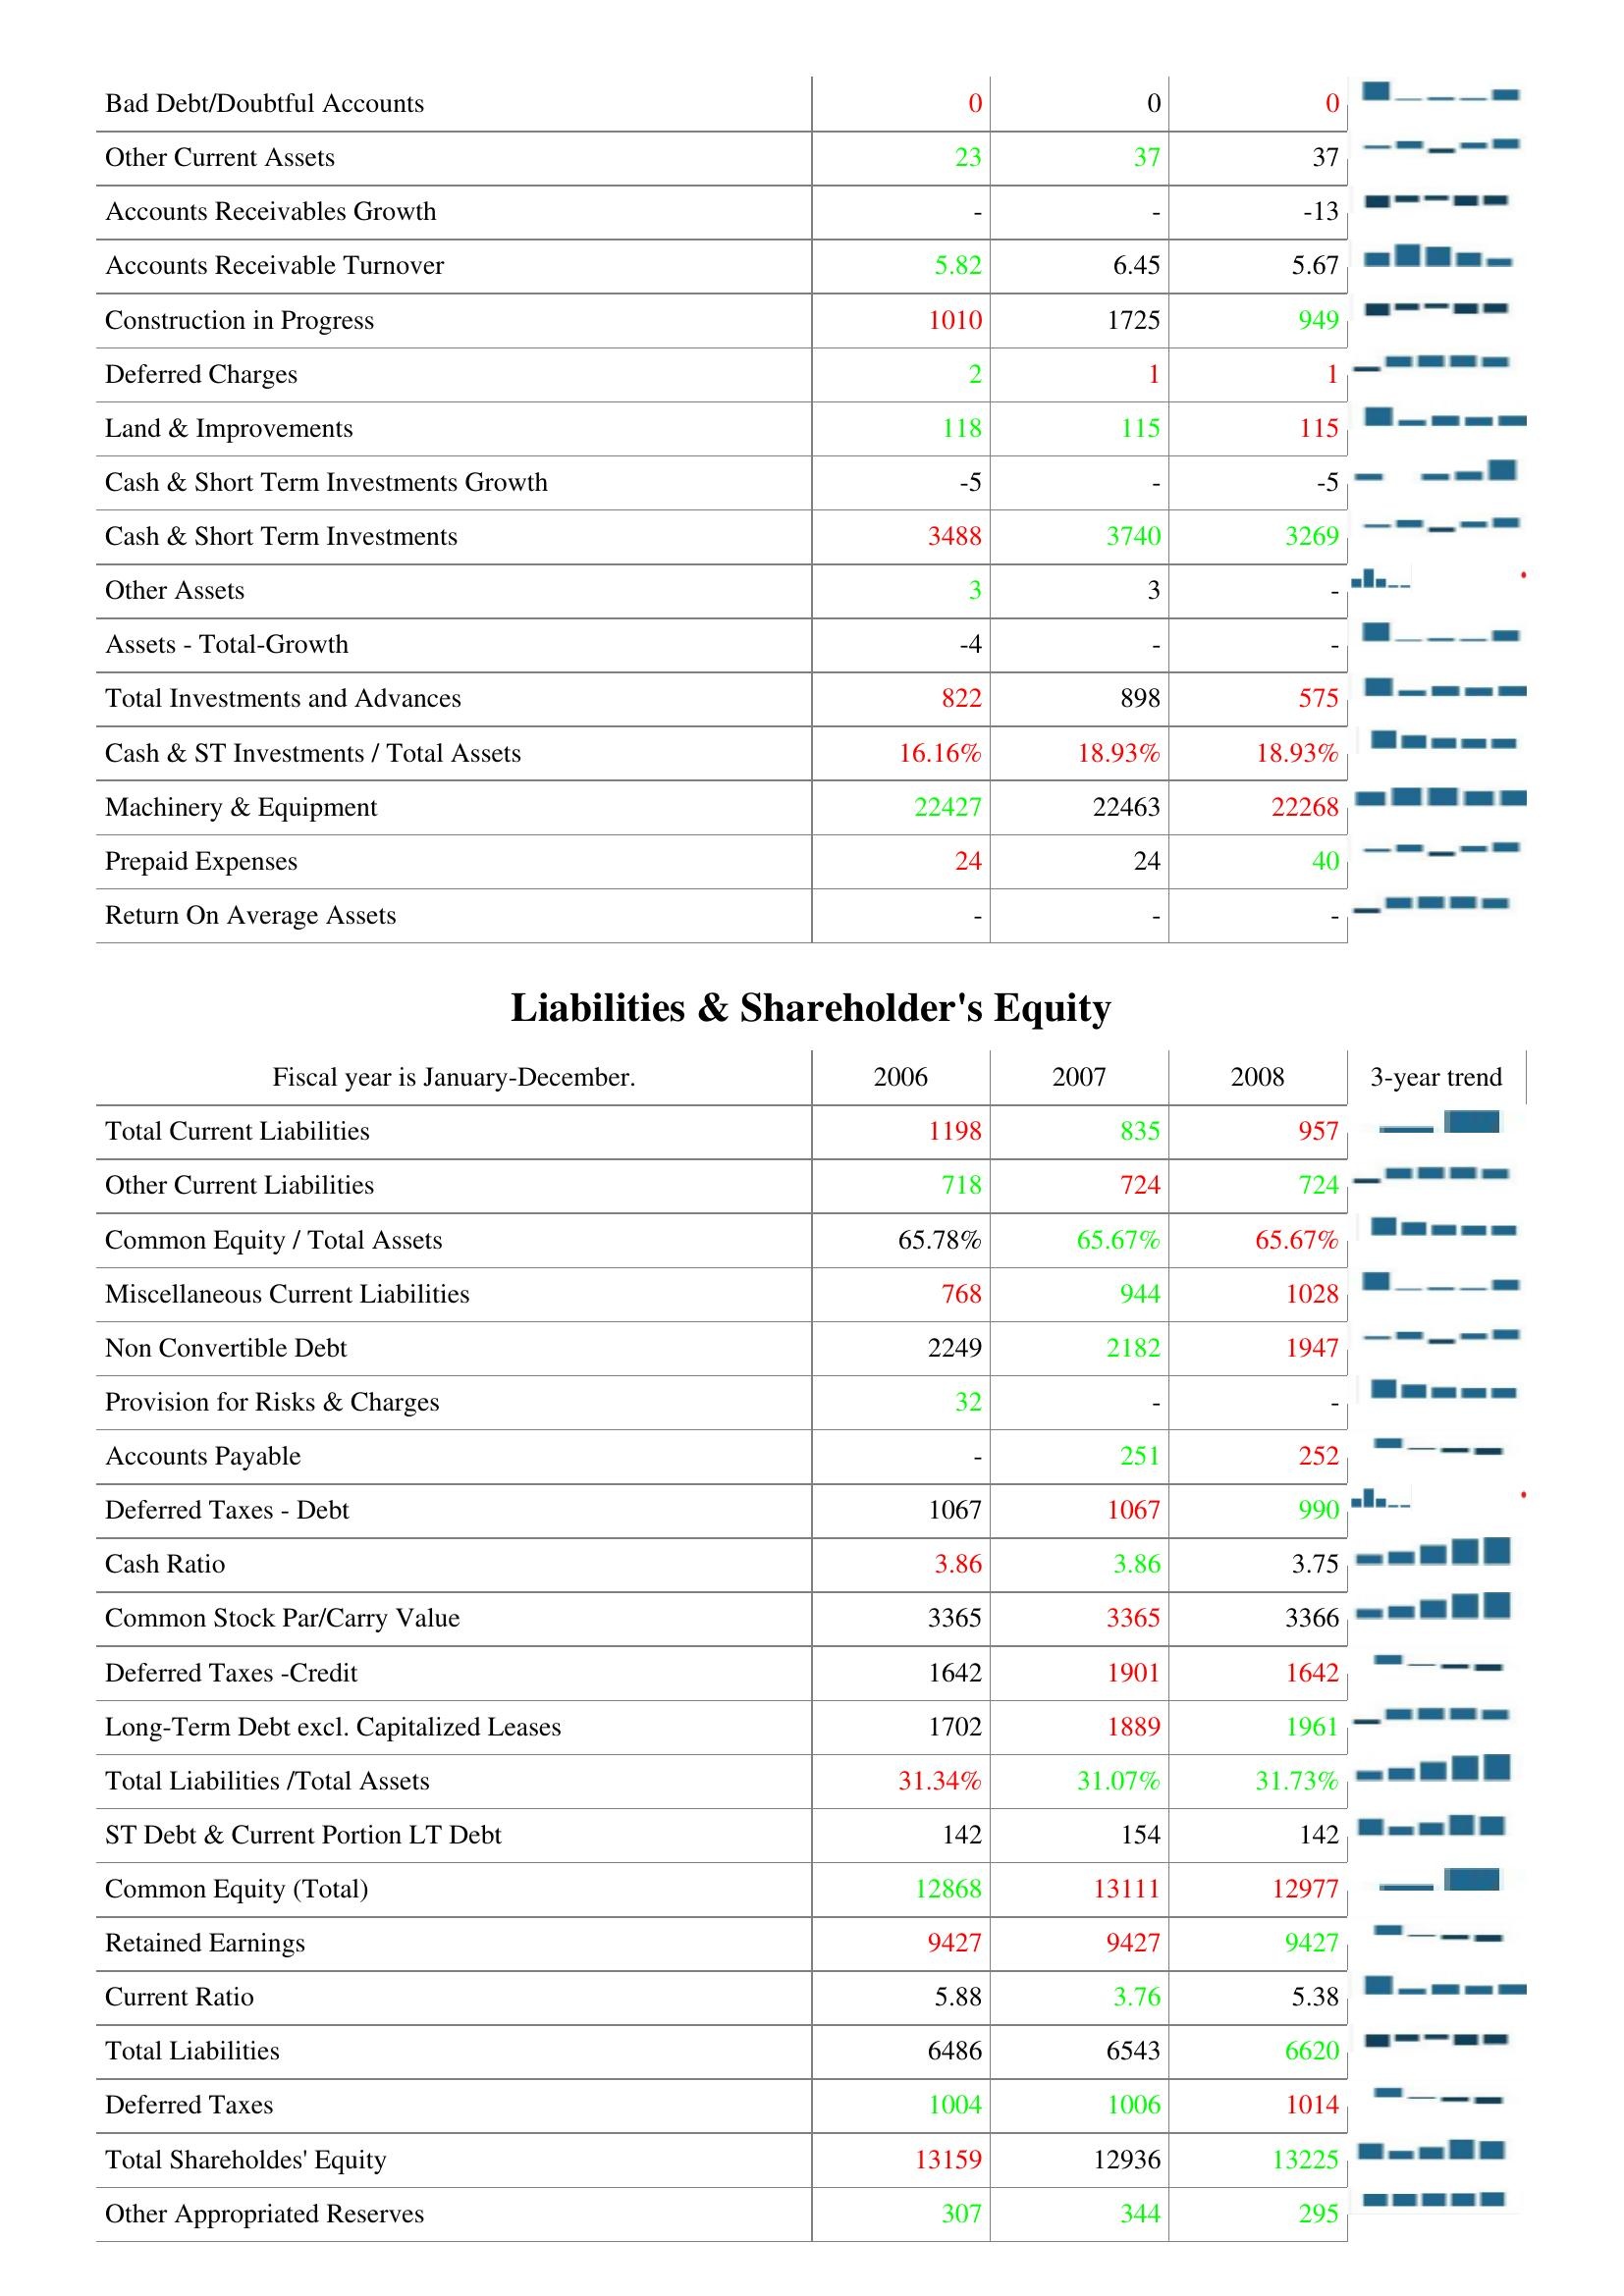
2006: Assets: Bad Debt/Doubtful Accounts: 0
Other Current Assets: 23
Accounts Receivables Growth: -
Accounts Receivable Turnover: 5.82
Construction in Progress: 1010
Deferred Charges: 2
Land & Improvements: 118
Cash & Short Term Investments Growth: -5
Cash & Short Term Investments: 3488
Other Assets: 3
Assets - Total-Growth: -4
Total Investments and Advances: 822
Cash & ST Investments / Total Assets: 16.16%
Machinery & Equipment: 22427
Prepaid Expenses: 24
Return On Average Assets: -
Liabilities & Shareholder's Equity: Total Current Liabilities: 1198
Other Current Liabilities: 718
Common Equity / Total Assets: 65.78%
Miscellaneous Current Liabilities: 768
Non Convertible Debt: 2249
Provision for Risks & Charges: 32
Accounts Payable: -
Deferred Taxes - Debt: 1067
Cash Ratio: 3.86
Common Stock Par/Carry Value: 3365
Deferred Taxes -Credit: 1642
Long-Term Debt excl. Capitalized Leases: 1702
Total Liabilities /Total Assets: 31.34%
ST Debt & Current Portion LT Debt: 142
Common Equity (Total): 12868
Retained Earnings: 9427
Current Ratio: 5.88
Total Liabilities: 6486
Deferred Taxes: 1004
Total Shareholdes' Equity: 13159
Other Appropriated Reserves: 307
2007: Assets: Bad Debt/Doubtful Accounts: 0
Other Current Assets: 37
Accounts Receivables Growth: -
Accounts Receivable Turnover: 6.45
Construction in Progress: 1725
Deferred Charges: 1
Land & Improvements: 115
Cash & Short Term Investments Growth: -
Cash & Short Term Investments: 3740
Other Assets: 3
Assets - Total-Growth: -
Total Investments and Advances: 898
Cash & ST Investments / Total Assets: 18.93%
Machinery & Equipment: 22463
Prepaid Expenses: 24
Return On Average Assets: -
Liabilities & Shareholder's Equity: Total Current Liabilities: 835
Other Current Liabilities: 724
Common Equity / Total Assets: 65.67%
Miscellaneous Current Liabilities: 944
Non Convertible Debt: 2182
Provision for Risks & Charges: -
Accounts Payable: 251
Deferred Taxes - Debt: 1067
Cash Ratio: 3.86
Common Stock Par/Carry Value: 3365
Deferred Taxes -Credit: 1901
Long-Term Debt excl. Capitalized Leases: 1889
Total Liabilities /Total Assets: 31.07%
ST Debt & Current Portion LT Debt: 154
Common Equity (Total): 13111
Retained Earnings: 9427
Current Ratio: 3.76
Total Liabilities: 6543
Deferred Taxes: 1006
Total Shareholdes' Equity: 12936
Other Appropriated Reserves: 344
2008: Assets: Bad Debt/Doubtful Accounts: 0
Other Current Assets: 37
Accounts Receivables Growth: -13
Accounts Receivable Turnover: 5.67
Construction in Progress: 949
Deferred Charges: 1
Land & Improvements: 115
Cash & Short Term Investments Growth: -5
Cash & Short Term Investments: 3269
Other Assets: -
Assets - Total-Growth: -
Total Investments and Advances: 575
Cash & ST Investments / Total Assets: 18.93%
Machinery & Equipment: 22268
Prepaid Expenses: 40
Return On Average Assets: -
Liabilities & Shareholder's Equity: Total Current Liabilities: 957
Other Current Liabilities: 724
Common Equity / Total Assets: 65.67%
Miscellaneous Current Liabilities: 1028
Non Convertible Debt: 1947
Provision for Risks & Charges: -
Accounts Payable: 252
Deferred Taxes - Debt: 990
Cash Ratio: 3.75
Common Stock Par/Carry Value: 3366
Deferred Taxes -Credit: 1642
Long-Term Debt excl. Capitalized Leases: 1961
Total Liabilities /Total Assets: 31.73%
ST Debt & Current Portion LT Debt: 142
Common Equity (Total): 12977
Retained Earnings: 9427
Current Ratio: 5.38
Total Liabilities: 6620
Deferred Taxes: 1014
Total Shareholdes' Equity: 13225
Other Appropriated Reserves: 295